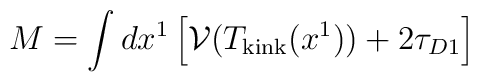
M = \int dx^1 \left[{\cal V}(T_{\rm kink}(x^1)) + 2 \tau_{D1}\right]